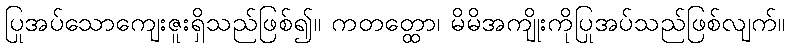
ပြုအပ်သောကျေးဇူးရှိသည်ဖြစ်၍။ ကတတ္ထော၊ မိမိအကျိုးကိုပြုအပ်သည်ဖြစ်လျက်။